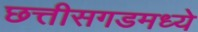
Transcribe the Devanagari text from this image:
छत्तीसगडमध्ये